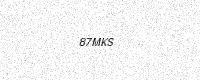
Text: 87MKS